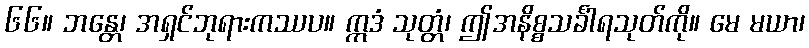
၆၆။ ဘန္တေ၊ အရှင်ဘုရားကဿပ။ ဣဒံ သုတ္တံ၊ ဤအနိစ္စသင်္ခါရသုတ်ကို။ မေ မယာ၊